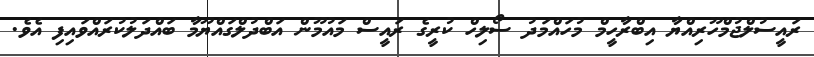
ރައީސުލްޖުމްހޫރިއްޔާ އިބްރާހީމް މުހައްމަދު ސޯލިހް ކުރީގެ ރައީސް މައުމޫން އަބްދުލްގައްޔޫމާ ބައްދަލުކުރައްވައިފި އެވެ.